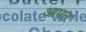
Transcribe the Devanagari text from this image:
आपत